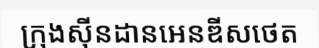
ក្រុងស៊ីនដានអេនឌីសថេត